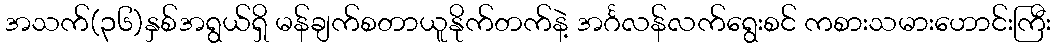
အသက်(၃၆)နှစ်အရွယ်ရှိ မန်ချက်စတာယူနိုက်တက်နဲ့ အင်္ဂလန်လက်ရွေးစင် ကစားသမားဟောင်းကြီး